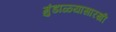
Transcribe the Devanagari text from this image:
गुंडाळ्यासारखी